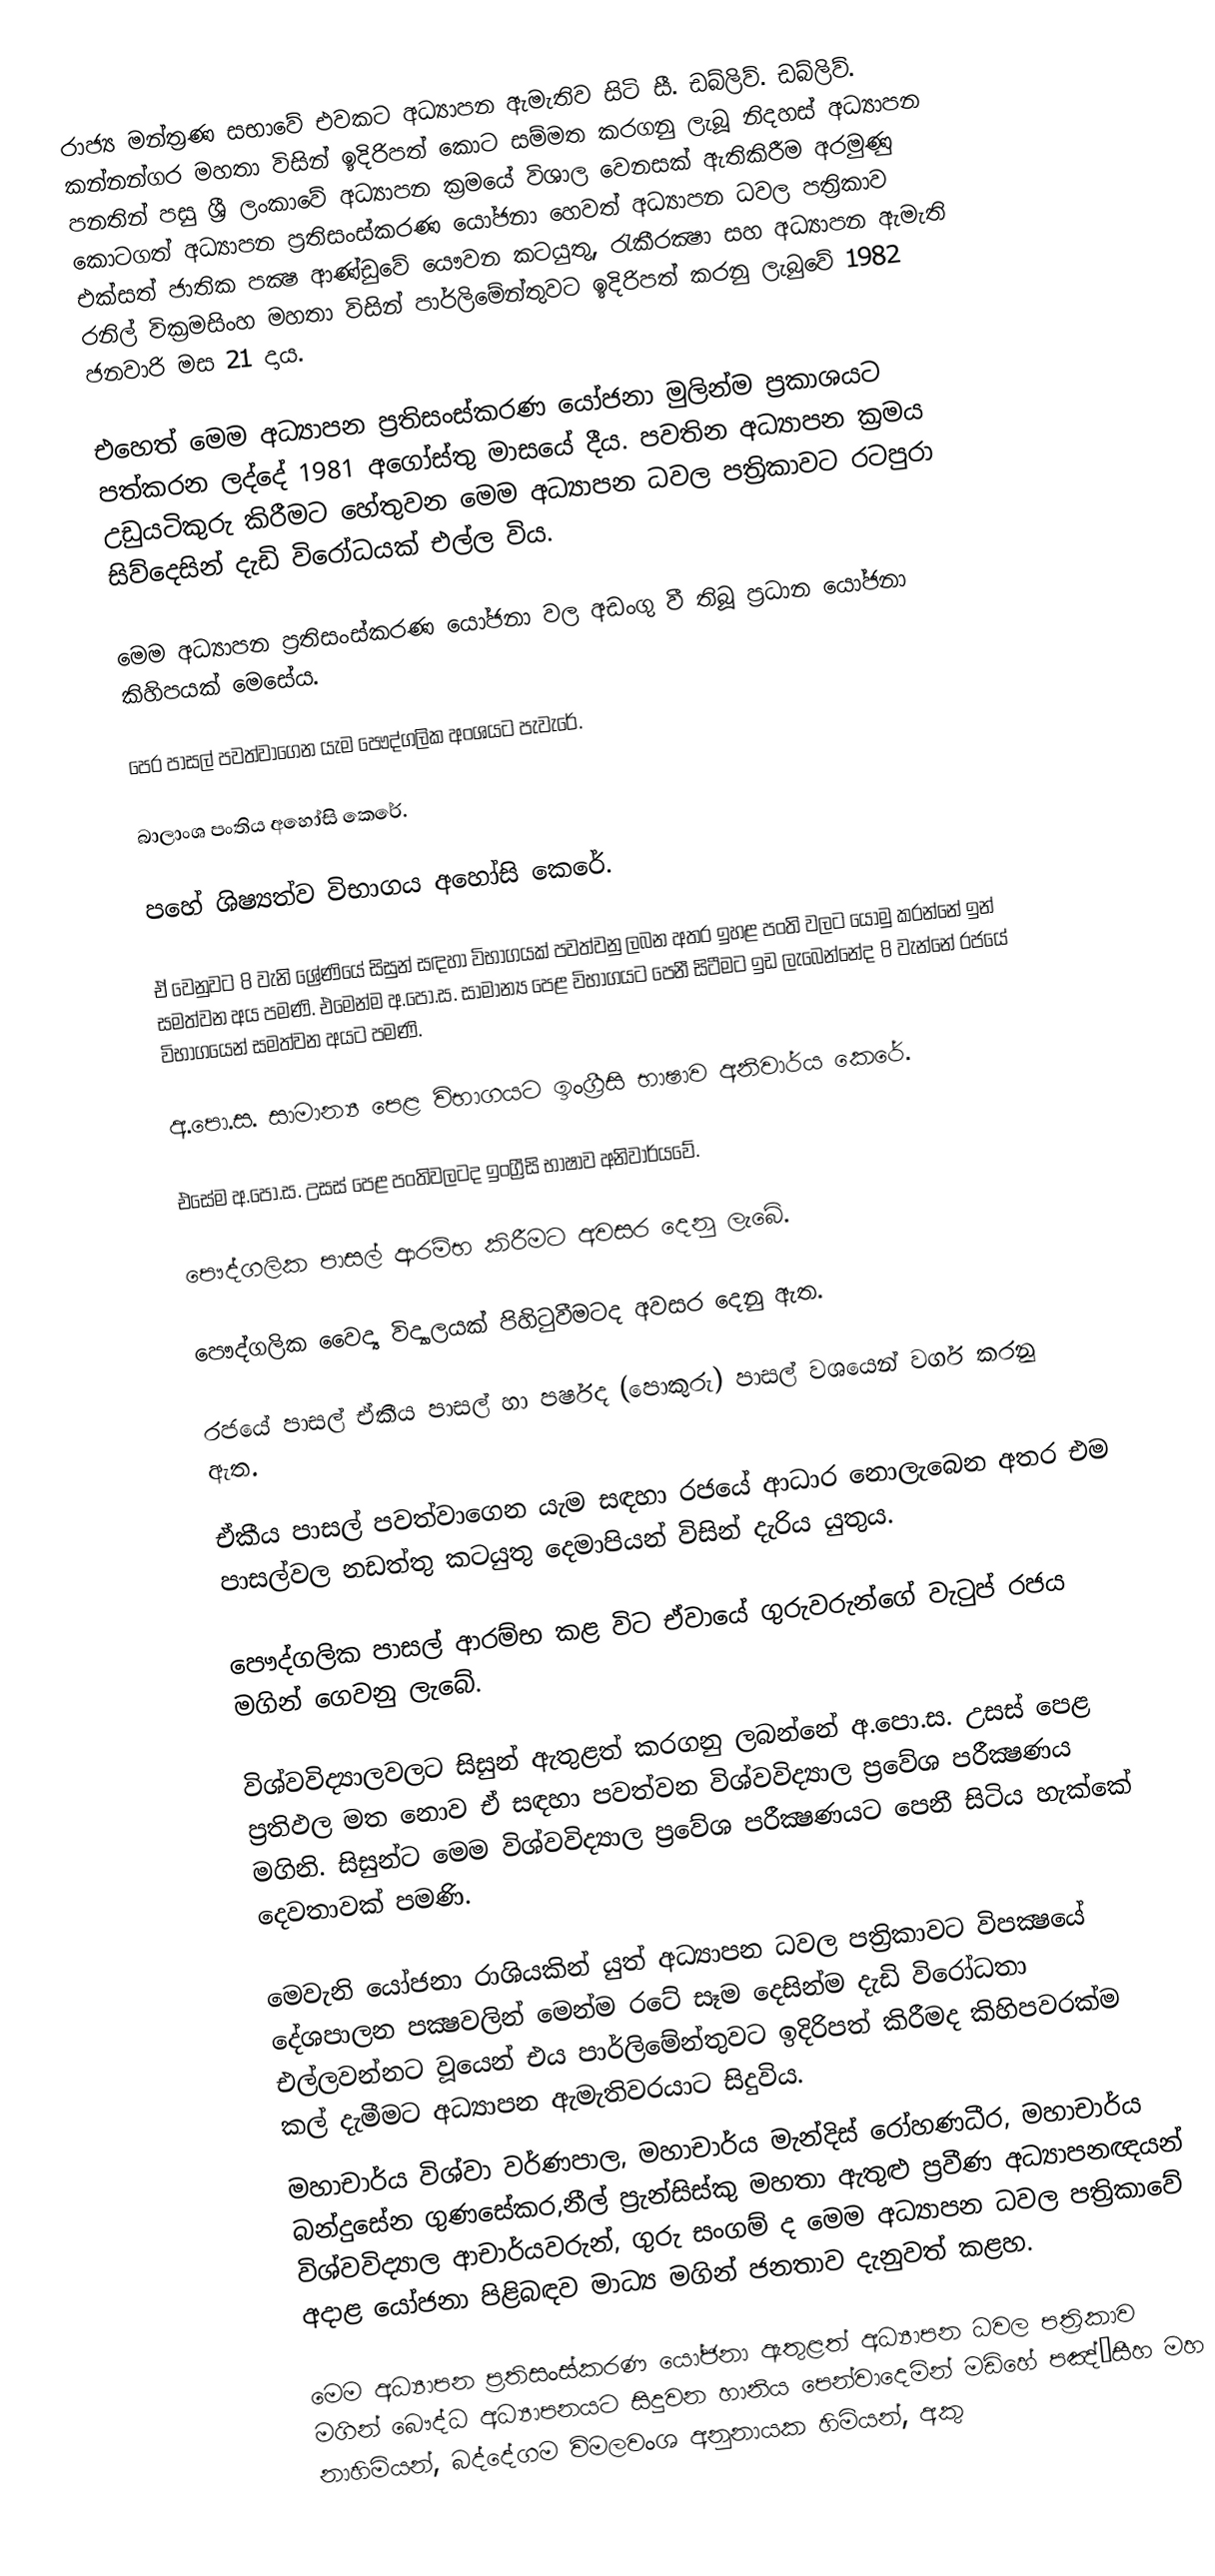
රාජ්‍ය මන්ත්‍රණ සභාවේ එවකට අධ්‍යාපන ඇමැතිව සිටි සී. ඩබ්ලිව්. ඩබ්ලිව්. කන්නන්ගර මහතා විසින් ඉදිරිපත් කොට සම්මත කරගනු ලැබූ නිදහස්‌ අධ්‍යාපන පනතින් පසු ශ්‍රී ලංකාවේ අධ්‍යාපන ක්‍රමයේ විශාල වෙනසක්‌ ඇතිකිරීම අරමුණු කොටගත් අධ්‍යාපන ප්‍රතිසංස්‌කරණ යෝජනා හෙවත් අධ්‍යාපන ධවල පත්‍රිකාව එක්‌සත් ජාතික පක්‍ෂ ආණ්‌ඩුවේ යෞවන කටයුතු, රැකීරක්‍ෂා සහ අධ්‍යාපන ඇමැති රනිල් වික්‍රමසිංහ මහතා විසින් පාර්ලිමේන්තුවට ඉදිරිපත් කරනු ලැබුවේ 1982 ජනවාරි මස 21 දාය.

එහෙත් මෙම අධ්‍යාපන ප්‍රතිසංස්‌කරණ යෝජනා මුලින්ම ප්‍රකාශයට පත්කරන ලද්දේ 1981 අගෝස්‌තු මාසයේ දීය. පවතින අධ්‍යාපන ක්‍රමය උඩුයටිකුරු කිරීමට හේතුවන මෙම අධ්‍යාපන ධවල පත්‍රිකාවට රටපුරා සිව්දෙසින් දැඩි විරෝධයක්‌ එල්ල විය.

මෙම අධ්‍යාපන ප්‍රතිසංස්‌කරණ යෝජනා වල අඩංගු වී තිබූ ප්‍රධාන යෝජනා කිහිපයක්‌ මෙසේය.

 පෙර පාසල් පවත්වාගෙන යැම පෞද්ගලික අංශයට පැවැරේ.

 බාලාංශ පංතිය අහෝසි කෙරේ.

 පහේ ශිෂ්‍යත්ව විභාගය අහෝසි කෙරේ.

 ඒ වෙනුවට 8 වැනි ශ්‍රේණියේ සිසුන් සඳහා විභාගයක්‌ පවත්වනු ලබන අතර ඉහළ පංති වලට යොමු කරන්නේ ඉන් සමත්වන අය පමණි. එමෙන්ම අ.පො.ස. සාමාන්‍ය පෙළ විභාගයට පෙනී සිටීමට ඉඩ ලැබෙන්නේද 8 වැන්නේ රජයේ විභාගයෙන් සමත්වන අයට පමණි.

 අ.පො.ස. සාමාන්‍ය පෙළ විභාගයට ඉංග්‍රීසි භාෂාව අනිවාර්ය කෙරේ.

 එසේම අ.පො.ස. උසස්‌ පෙළ පංතිවලටද ඉංග්‍රීසි භාෂාව අනිවාර්යවේ.

 පෞද්ගලික පාසල් ආරම්භ කිරීමට අවසර දෙනු ලැබේ.

 පෞද්ගලික වෛද්‍ය විද්‍යාලයක්‌ පිහිටුවීමටද අවසර දෙනු ඇත.

 රජයේ පාසල් ඒකීය පාසල් හා පර්ෂද (පොකුරු) පාසල් වශයෙන් වර්ග කරනු ඇත.

 ඒකීය පාසල් පවත්වාගෙන යැම සඳහා රජයේ ආධාර නොලැබෙන අතර එම පාසල්වල නඩත්තු කටයුතු දෙමාපියන් විසින් දැරිය යුතුය.

 පෞද්ගලික පාසල් ආරම්භ කළ විට ඒවායේ ගුරුවරුන්ගේ වැටුප් රජය මගින් ගෙවනු ලැබේ.

 විශ්වවිද්‍යාලවලට සිසුන් ඇතුළත් කරගනු ලබන්නේ අ.පො.ස. උසස්‌ පෙළ ප්‍රතිඵල මත නොව ඒ සඳහා පවත්වන විශ්වවිද්‍යාල ප්‍රවේශ පරීක්‍ෂණය මගිනි. සිසුන්ට මෙම විශ්වවිද්‍යාල ප්‍රවේශ පරීක්‍ෂණයට පෙනී සිටිය හැක්‌කේ දෙවතාවක්‌ පමණි.

මෙවැනි යෝජනා රාශියකින් යුත් අධ්‍යාපන ධවල පත්‍රිකාවට විපක්‍ෂයේ දේශපාලන පක්‍ෂවලින් මෙන්ම රටේ සෑම දෙසින්ම දැඩි විරෝධතා එල්ලවන්නට වූයෙන් එය පාර්ලිමේන්තුවට ඉදිරිපත් කිරීමද කිහිපවරක්‌ම කල් දැමීමට අධ්‍යාපන ඇමැතිවරයාට සිදුවිය.
මහාචාර්ය විශ්වා වර්ණපාල, මහාචාර්ය මැන්දිස්‌ රෝහණධීර, මහාචාර්ය බන්දුසේන ගුණසේකර,නීල් ප්‍රැන්සිස්කු මහතා ඇතුළු  ප්‍රවීණ අධ්‍යාපනඥයන් විශ්වවිද්‍යාල ආචාර්යවරුන්, ගුරු සංගම් ද මෙම අධ්‍යාපන ධවල පත්‍රිකාවේ අදාළ යෝජනා පිළිබඳව මාධ්‍ය මගින් ජනතාව දැනුවත් කළහ.

මෙම අධ්‍යාපන ප්‍රතිසංස්‌කරණ යෝජනා ඇතුළත් අධ්‍යාපන ධවල පත්‍රිකාව මගින් බෞද්ධ අධ්‍යාපනයට සිදුවන හානිය පෙන්වාදෙමින් මඩිහේ පඤ්Æසීහ මහ නාහිමියන්, බද්දේගම විමලවංශ අනුනායක හිමියන්, අකු